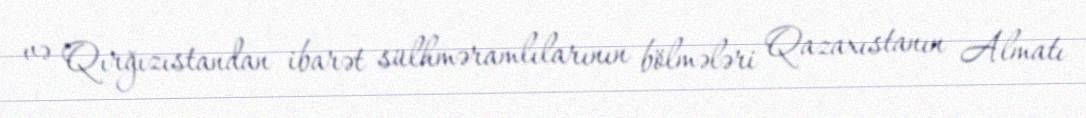
və Qırğızıstandan ibarət sülhməramlılarının bölmələri Qazaxıstanın Almatı